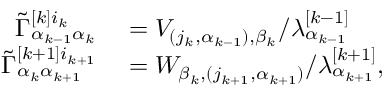
\begin{array} { r l } { \Tilde { \Gamma } _ { \alpha _ { k - 1 } \alpha _ { k } } ^ { [ k ] i _ { k } } } & { { } = V _ { ( j _ { k } , \alpha _ { k - 1 } ) , \beta _ { k } } / \lambda _ { \alpha _ { k - 1 } } ^ { [ k - 1 ] } } \\ { \Tilde { \Gamma } _ { \alpha _ { k } \alpha _ { k + 1 } } ^ { [ k + 1 ] i _ { k + 1 } } } & { { } = W _ { \beta _ { k } , ( j _ { k + 1 } , \alpha _ { k + 1 } ) } / \lambda _ { \alpha _ { k + 1 } } ^ { [ k + 1 ] } , } \end{array}